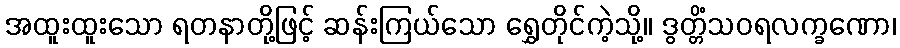
အထူးထူးသော ရတနာတို့ဖြင့် ဆန်းကြယ်သော ရွှေတိုင်ကဲ့သို့။ ဒွတ္တိံသဝရလက္ခဏော၊